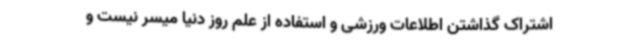
اشتراک گذاشتن اطلاعات ورزشی و استفاده از علم روز دنیا میسر نیست و